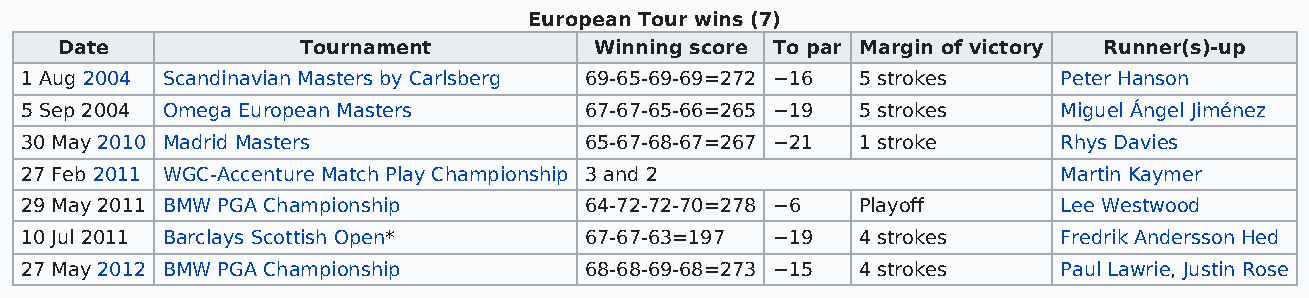
European Tour wins (7)
 Date            Tournament         Winning score To par Margin of victory Runner(s)-up
 1 Aug 2004 Scandinavian Masters by Carlsberg 69-65-69-69=272 −16 5 strokes Peter Hanson
 5 Sep 2004 Omega European Masters     67-67-65-66=265 −19 5 strokes  Miguel Ángel Jiménez
 30 May 2010 Madrid Masters            65-67-68-67=267 −21 1 stroke   Rhys Davies
 27 Feb 2011 WGC-Accenture Match Play Championship 3 and 2            Martin Kaymer
 29 May 2011 BMW PGA Championship      64-72-72-70=278 −6 Playoff     Lee Westwood
 10 Jul 2011 Barclays Scottish Open*   67-67-63=197 −19  4 strokes    Fredrik Andersson Hed
 27 May 2012 BMW PGA Championship      68-68-69-68=273 −15 4 strokes  Paul Lawrie, Justin Rose